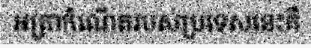
អត្រាកំណើតរបស់ប្រទេសនេះគឺ